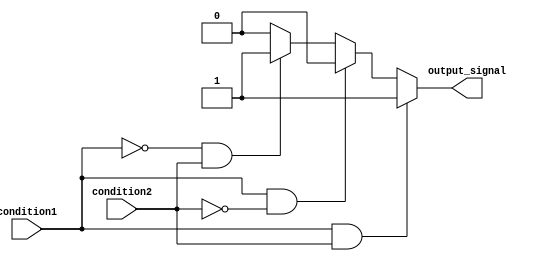
module multiple_if_else_statement (
    input wire condition1,
    input wire condition2,
    output reg output_signal
    );

always @ (condition1 or condition2)
begin
    if (condition1 && condition2)
        output_signal <= 2'b11;
    else if (condition1 && !condition2)
        output_signal <= 2'b10;
    else if (!condition1 && condition2)
        output_signal <= 2'b01;
    else
        output_signal <= 2'b00;
end

endmodule